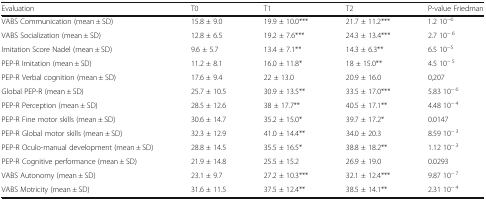
<table><thead><tr><td><b>Evaluation</b></td><td><b>T0</b></td><td><b>T1</b></td><td><b>T2</b></td><td><b>P-value Friedman</b></td></tr></thead><tbody><tr><td>VABS Communication (mean ± SD)</td><td>15.8 ± 9.0</td><td>19.9 ± 10.0***</td><td>21.7 ± 11.2***</td><td>1.2 10<sup>−6</sup></td></tr><tr><td>VABS Socialization (mean ± SD)</td><td>12.8 ± 6.5</td><td>19.2 ± 7.6***</td><td>24.3 ± 13.4***</td><td>2.7 10<sup>− 6</sup></td></tr><tr><td>Imitation Score Nadel (mean ± SD)</td><td>9.6 ± 5.7</td><td>13.4 ± 7.1**</td><td>14.3 ± 6.3**</td><td>6.5 10<sup>−5</sup></td></tr><tr><td>PEP-R Imitation (mean ± SD)</td><td>11.2 ± 8.1</td><td>16.0 ± 11.8*</td><td>18 ± 15.0**</td><td>4.5 10<sup>− 5</sup></td></tr><tr><td>PEP-R Verbal cognition (mean ± SD)</td><td>17.6 ± 9.4</td><td>22 ± 13.0</td><td>20.9 ± 16.0</td><td>0,207</td></tr><tr><td>Global PEP-R (mean ± SD)</td><td>25.7 ± 10.5</td><td>30.9 ± 13.5**</td><td>33.5 ± 17.0***</td><td>5.83 10<sup>− 6</sup></td></tr><tr><td>PEP-R Perception (mean ± SD)</td><td>28.5 ± 12.6</td><td>38 ± 17.7**</td><td>40.5 ± 17.1**</td><td>4.48 10<sup>− 4</sup></td></tr><tr><td>PEP-R Fine motor skills (mean ± SD)</td><td>30.6 ± 14.7</td><td>35.2 ± 15.0*</td><td>39.7 ± 17.2*</td><td>0.0147</td></tr><tr><td>PEP-R Global motor skills (mean ± SD)</td><td>32.3 ± 12.9</td><td>41.0 ± 14.4**</td><td>34.0 ± 20.3</td><td>8.59 10<sup>− 3</sup></td></tr><tr><td>PEP-R Oculo-manual development (mean ± SD)</td><td>28.8 ± 14.5</td><td>35.5 ± 16.5*</td><td>38.8 ± 18.2**</td><td>1.12 10<sup>− 3</sup></td></tr><tr><td>PEP-R Cognitive performance (mean ± SD)</td><td>21.9 ± 14.8</td><td>25.5 ± 15.2</td><td>26.9 ± 19.0</td><td>0.0293</td></tr><tr><td>VABS Autonomy (mean ± SD)</td><td>23.1 ± 9.7</td><td>27.2 ± 10.3***</td><td>32.1 ± 12.4***</td><td>9.87 10<sup>− 7</sup></td></tr><tr><td>VABS Motricity (mean ± SD)</td><td>31.6 ± 11.5</td><td>37.5 ± 12.4**</td><td>38.5 ± 14.1**</td><td>2.31 10<sup>− 4</sup></td></tr></tbody></table>